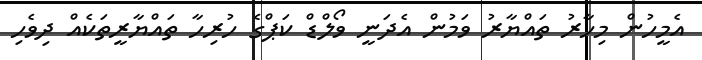
އެމީހުން މިހާރު ތައްޔާރު ވަމުން އެދަނީ ވޯލްޑް ކަޕްގެ ހުރިހާ ތައްޔާރީތަކެއް ދިވެހި